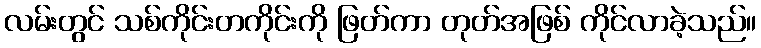
လမ်းတွင် သစ်ကိုင်းတကိုင်းကို ဖြတ်ကာ တုတ်အဖြစ် ကိုင်လာခဲ့သည်။